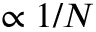
\propto 1 / N